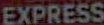
EXPRESS